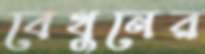
বেথুনের